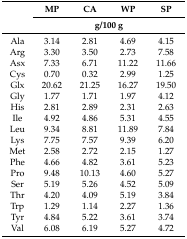
<table><thead><tr><td rowspan="2"></td><td><b>MP</b></td><td><b>CA</b></td><td><b>WP</b></td><td><b>SP</b></td></tr><tr><td colspan="4"><b>g/100 g</b></td></tr></thead><tbody><tr><td>Ala</td><td>3.14</td><td>2.81</td><td>4.69</td><td>4.15</td></tr><tr><td>Arg</td><td>3.30</td><td>3.50</td><td>2.73</td><td>7.58</td></tr><tr><td>Asx</td><td>7.33</td><td>6.71</td><td>11.22</td><td>11.66</td></tr><tr><td>Cys</td><td>0.70</td><td>0.32</td><td>2.99</td><td>1.25</td></tr><tr><td>Glx</td><td>20.62</td><td>21.25</td><td>16.27</td><td>19.50</td></tr><tr><td>Gly</td><td>1.77</td><td>1.71</td><td>1.97</td><td>4.12</td></tr><tr><td>His</td><td>2.81</td><td>2.89</td><td>2.31</td><td>2.63</td></tr><tr><td>Ile</td><td>4.92</td><td>4.86</td><td>5.31</td><td>4.55</td></tr><tr><td>Leu</td><td>9.34</td><td>8.81</td><td>11.89</td><td>7.84</td></tr><tr><td>Lys</td><td>7.75</td><td>7.57</td><td>9.39</td><td>6.20</td></tr><tr><td>Met</td><td>2.58</td><td>2.72</td><td>2.15</td><td>1.27</td></tr><tr><td>Phe</td><td>4.66</td><td>4.82</td><td>3.61</td><td>5.23</td></tr><tr><td>Pro</td><td>9.48</td><td>10.13</td><td>4.60</td><td>5.27</td></tr><tr><td>Ser</td><td>5.19</td><td>5.26</td><td>4.52</td><td>5.09</td></tr><tr><td>Thr</td><td>4.20</td><td>4.09</td><td>5.19</td><td>3.84</td></tr><tr><td>Trp</td><td>1.29</td><td>1.14</td><td>2.27</td><td>1.36</td></tr><tr><td>Tyr</td><td>4.84</td><td>5.22</td><td>3.61</td><td>3.74</td></tr><tr><td>Val</td><td>6.08</td><td>6.19</td><td>5.27</td><td>4.72</td></tr></tbody></table>